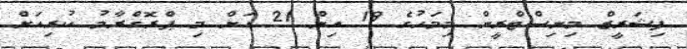
ފިޝަރީޒް މިނިސްޓްރީން މިމަހުގެ 19 އިން 21 އަށް މި ޕްރޮގްރާމު ކުރިއަށް